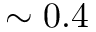
\sim 0 . 4